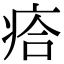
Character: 㾑